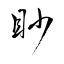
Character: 眇